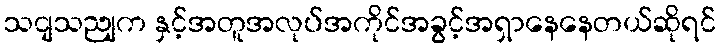
သငျသညျက နှင့်အတူအလုပ်အကိုင်အခွင့်အရှာနေနေတယ်ဆိုရင်